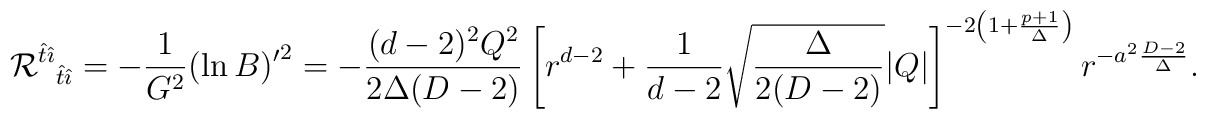
{{\cal R}^{\hat{t}\hat{\imath}}}_{\hat{t}\hat{\imath}}=-{1\over G^2}{(\ln B)'}^2=-{(d-2)^2Q^2\over 2\Delta (D-2)}\left[r^{d-2}+{1\over d-2}\sqrt{\Delta\over 2 (D-2)}|Q|\right]^{-2\left(1+{p+1\over \Delta}\right)}r^{-a^2{D-2\over \Delta}}.